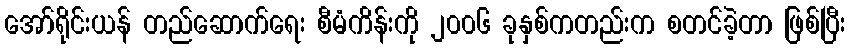
အော်ရိုင်းယန် တည်ဆောက်ရေး စီမံကိန်းကို ၂၀၀၆ ခုနှစ်ကတည်းက စတင်ခဲ့တာ ဖြစ်ပြီး